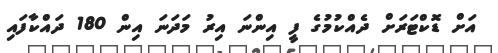
އަށް ޑޮކްޓަރަށް ދެއްކުމުގެ ފީ އިންނަ އިރު މަދަނަ އިން 180 ދައްކާފައި